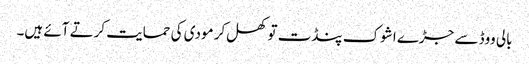
بالی ووڈ سے جڑے اشوک پنڈت تو کھل‌کر مودی کی حمایت کرتے آئے ہیں۔